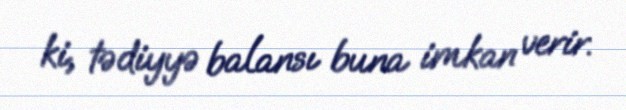
ki, tədiyyə balansı buna imkan verir.